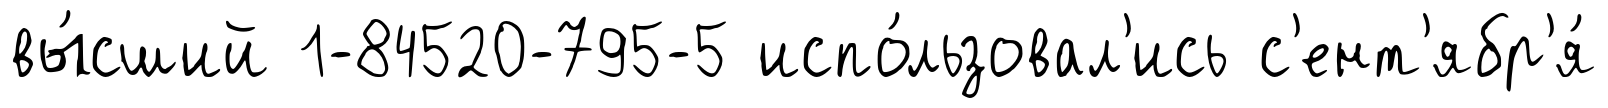
вы́сший 1-84520-795-5 испо́льзовал'ись с'ент'ябр'я́